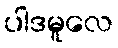
ပါဒမူလေ